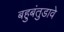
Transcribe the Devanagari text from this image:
बहुबंतुडावे